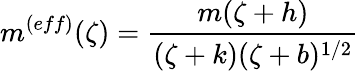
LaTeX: m^{(eff)}(\zeta)=\frac{m(\zeta+h)}{(\zeta+k)(\zeta+b)^{1/2}}